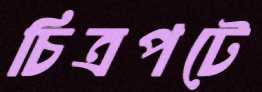
চিত্রপটে